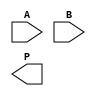
module wallace_tree_multiplier #(parameter N = 8) (
    input [N-1:0] A,
    input [N-1:0] B,
    output reg [2*N-1:0] P
);

    // Partial Product Generation
    wire [N-1:0] pp[N-1:0]; // Partial products
    genvar i;
    generate
        for (i = 0; i < N; i = i + 1) begin: pp_gen
            assign pp[i] = A & {N{B[i]}};
        end
    endgenerate

    // Wallace Tree Reduction
    wire [N-1:0] sum[N-1:0]; // Sums at each level
    wire [N-1:0] carry[N-1:0]; // Carries at each level

    // First level of reduction (using half adders and full adders)
    wire [N-1:0] temp_sum[1:0];
    wire [N-1:0] temp_carry[1:0];

    generate
        for (i = 0; i < N; i = i + 1) begin: first_level
            if (i % 2 == 0) begin
                // Half adder for two adjacent bits
                assign temp_sum[0][i/2] = pp[i][0] ^ pp[i+1][0];
                assign temp_carry[0][i/2] = pp[i][0] & pp[i+1][0];
            end else begin
                // Full adder
                assign temp_sum[1][i/2] = pp[i][0] ^ pp[i+1][0] ^ carry[0][i/2];
                assign temp_carry[1][i/2] = (pp[i][0] & pp[i+1][0]) | (carry[0][i/2] & (pp[i][0] ^ pp[i+1][0]));
            end
        end
    endgenerate

    // Repeat reduction until we have two values left
    // This part can get quite complex, so let's assume a fixed depth
    // You should implement a loop or recursive method if you want a general solution

    // Final Addition
    wire [2*N-1:0] final_sum;
    
    always @(*) begin
        // Assuming we have reduced to two values sum and carry here
        P = final_sum; // Assign final product
    end

endmodule